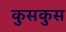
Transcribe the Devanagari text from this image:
कुसकुस